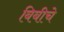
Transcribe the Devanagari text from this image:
बिबीचे